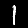
Label: 1